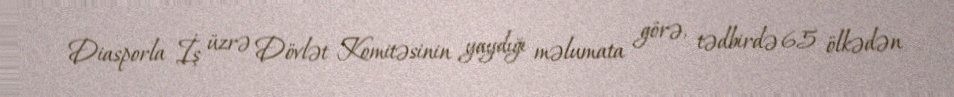
Diasporla İş üzrə Dövlət Komitəsinin yaydığı məlumata görə, tədbirdə 65 ölkədən